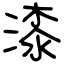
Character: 漆